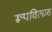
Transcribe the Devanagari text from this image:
रूपविलास